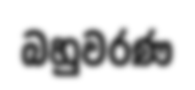
බහුවරණ